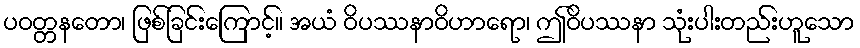
ပဝတ္တနတော၊ ဖြစ်ခြင်းကြောင့်။ အယံ ဝိပဿနာဝိဟာရော၊ ဤဝိပဿနာ သုံးပါးတည်းဟူသော